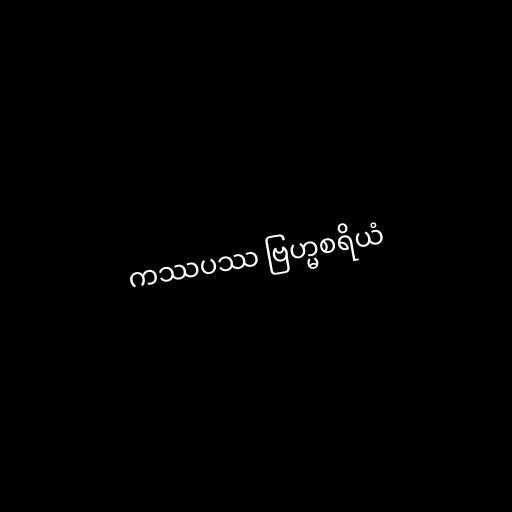
ကဿပဿ ဗြဟ္မစရိယံ